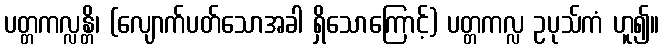
ပတ္တကလ္လန္တိ၊ (လျောက်ပတ်သောအခါ ရှိသောကြောင့်) ပတ္တကလ္လ ဥပုသ်ကံ ဟူ၍။